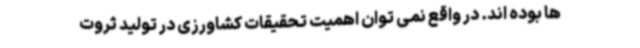
ها بوده اند. در واقع نمی توان اهمیت تحقیقات کشاورزی در تولید ثروت